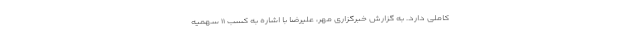
کاملی دارد. به گزارش خبرگزاری مهر، علیرضا با اشاره به کسب ۱۱ سهمیه